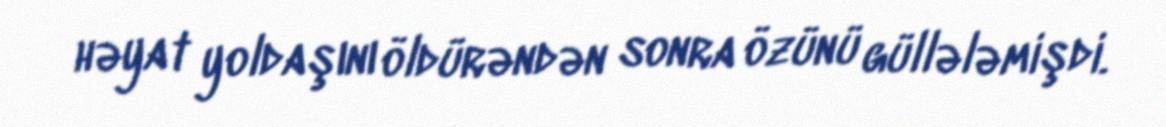
həyat yoldaşını öldürəndən sonra özünü güllələmişdi.